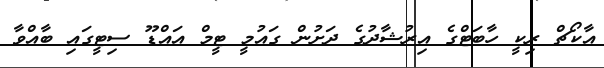
އާކޯޗް ރިކީ ހާބަޓްގެ އިރުޝާދުގެ ދަށުން ގައުމީ ޓީމް އައްޑޫ ސިޓީގައި ބާއްވާ